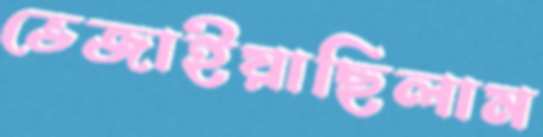
ভেজাইয়াছিলাম